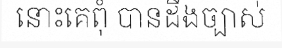
នោះគេពុំ បានដឹងច្បាស់